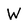
Character: W